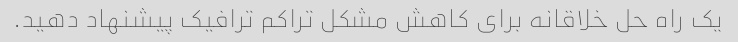
یک راه حل خلاقانه برای کاهش مشکل تراکم ترافیک پیشنهاد دهید.